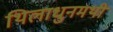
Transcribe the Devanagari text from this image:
थिलाधुनमथी